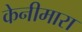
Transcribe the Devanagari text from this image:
केनीमारा